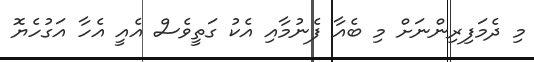
މި ދެމަފިރިންނަށް މި ބެއާ ފެނުމާއި އެކު ގަތީވެސް އެއީ އެހާ އަގުހެޔޮ